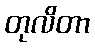
တုလိတာ